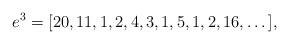
LaTeX: \begin{align*} e^3=[20, 11, 1, 2, 4, 3, 1, 5, 1, 2, 16,\dots ],\end{align*}